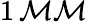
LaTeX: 1\, \mathcal{M}\mathcal{M}